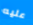
عليه